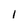
Character: 1